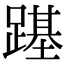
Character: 𨄎